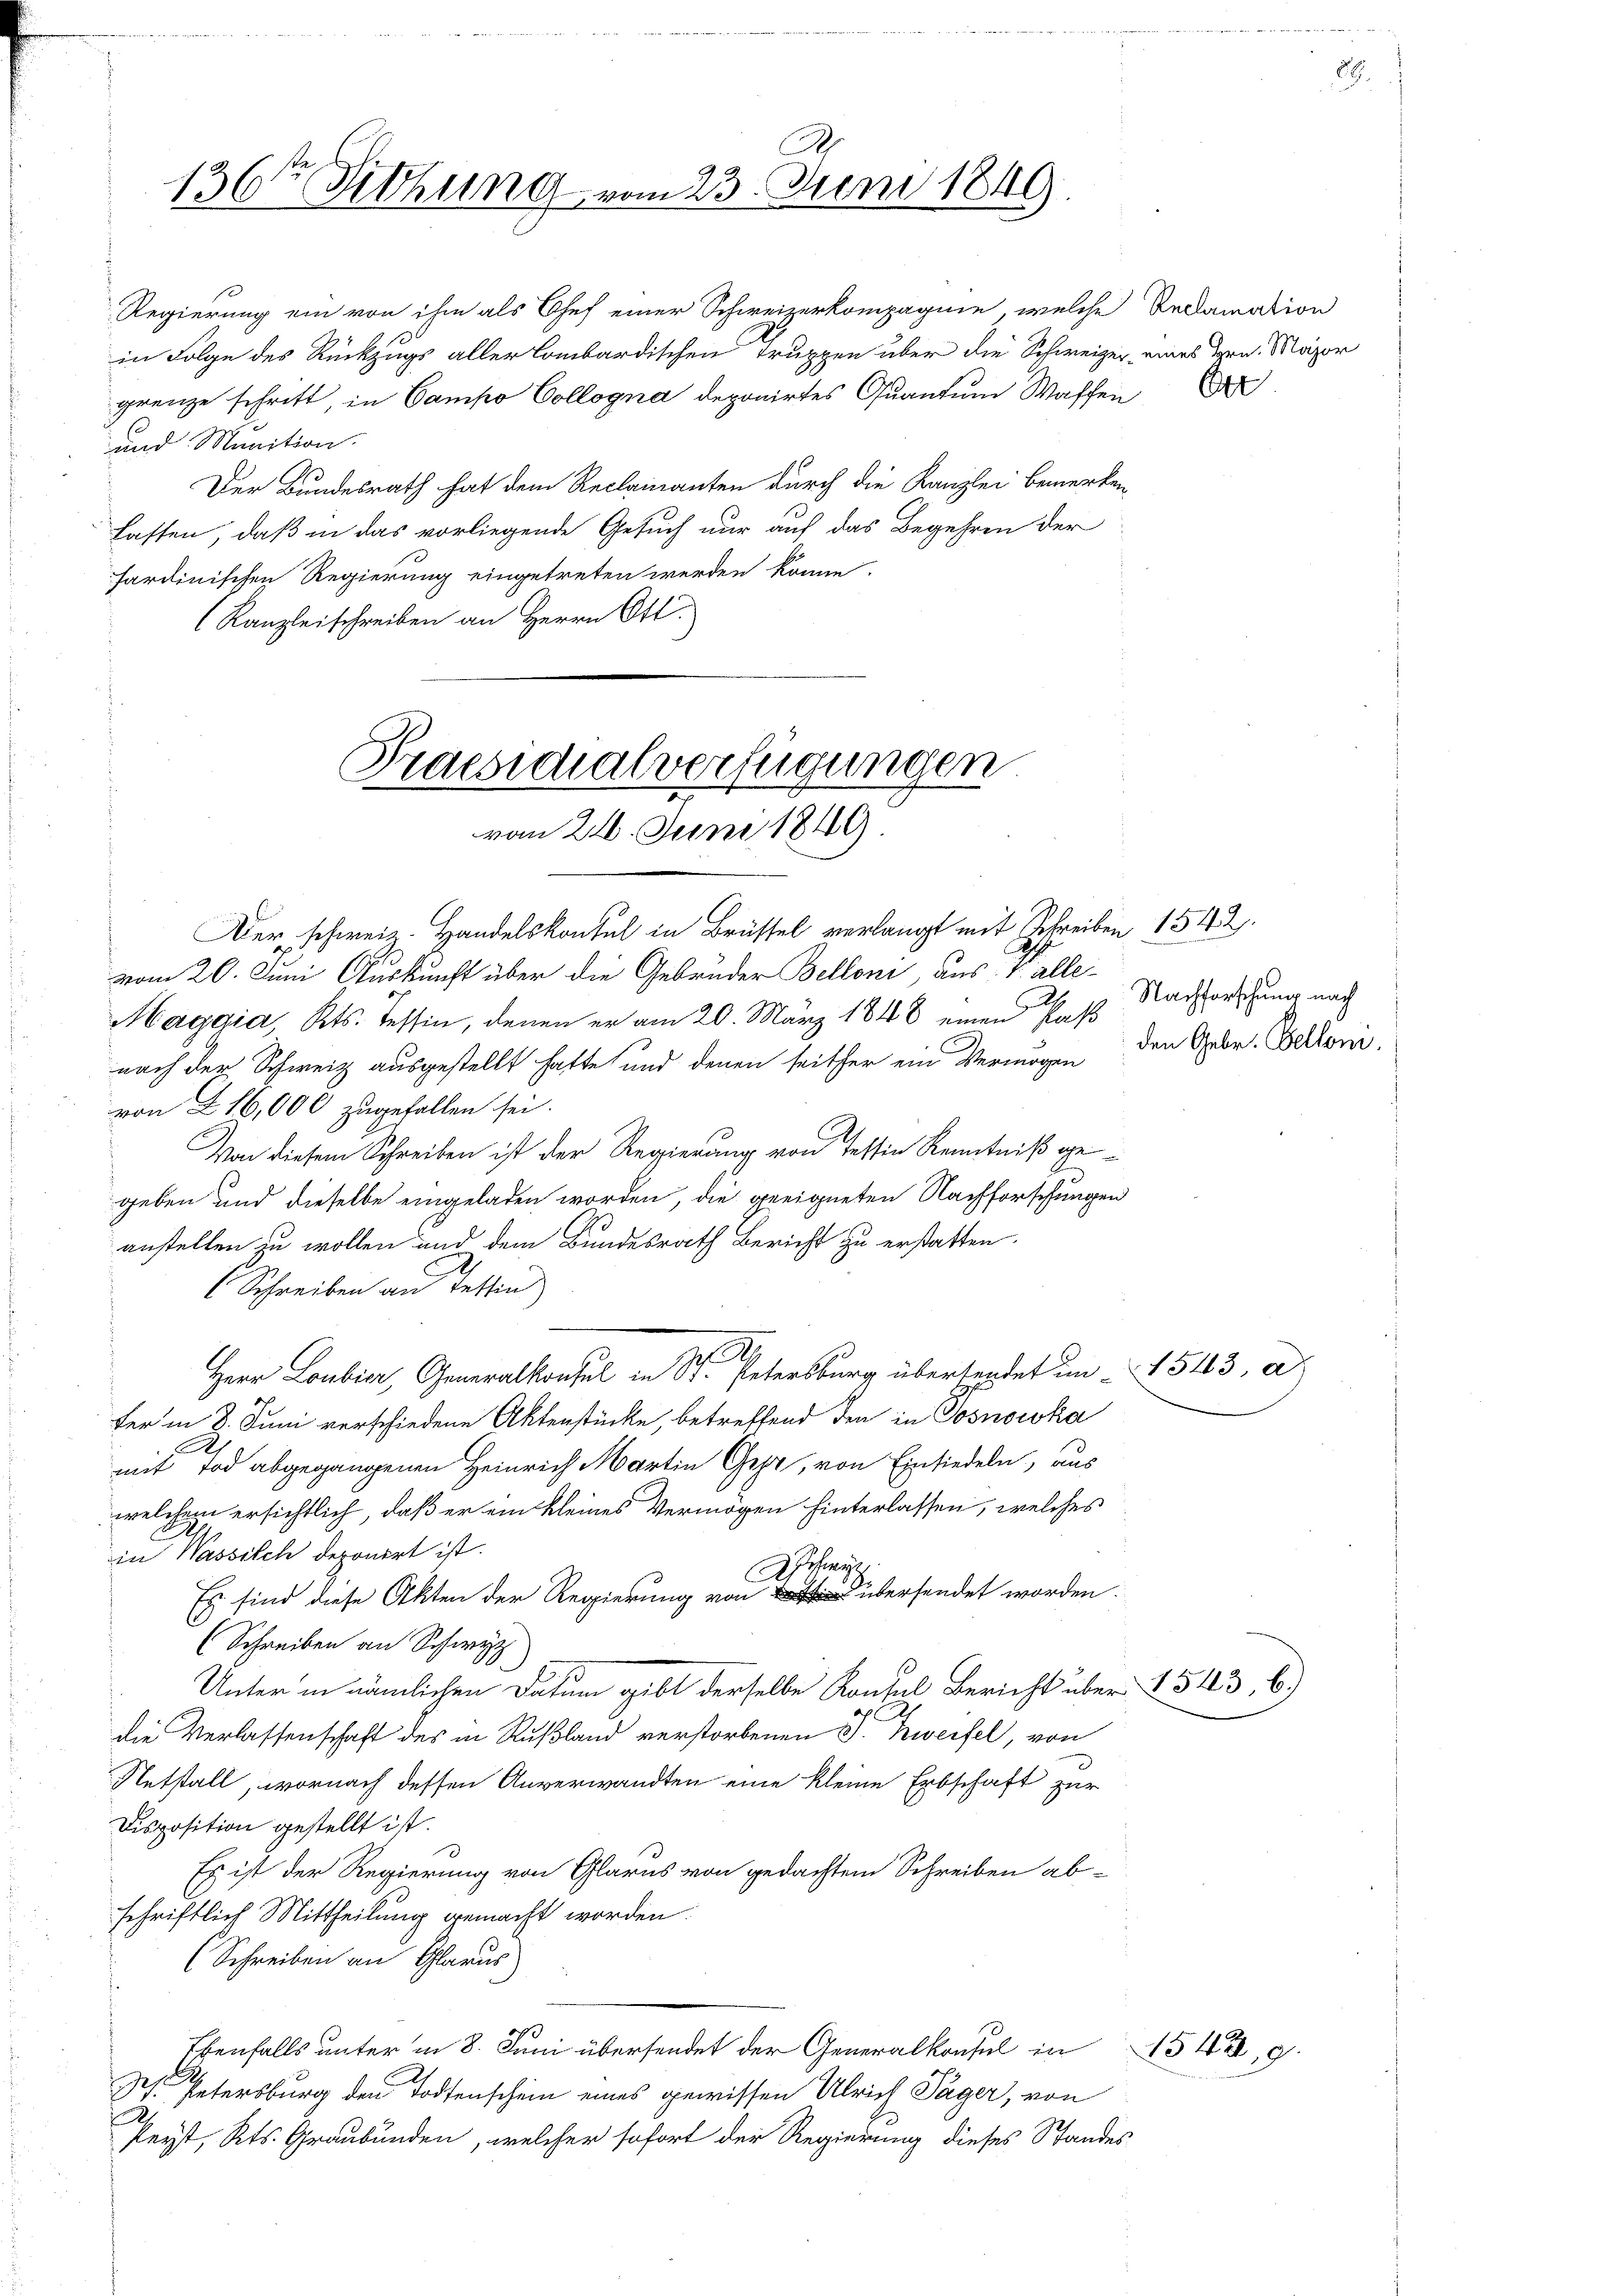
Regierung ein von ihm als Chef einer Schweizerkompagnie, welche Reclamation
in Folge des Rückzugs aller Lombardischen Truppen über die Schweizer, eines Hrn. Major
grenze schritt, in Campo Collogna deponirtes Quantum Waffen
und Munition.
Der Bundesrath hat dem Reclamanten durch die Kanzlei bemerken,
Lasten, daß in das vorliegende Gesuch nur auf das Begehren der
sardinischen Regierung eingetreten werden könne.
Kanzleischreiben an Herrn Ott

A.
136ten Sitzung vom 23. Juni 1849.

Praesidialverfügungen
vom 21. Juni 1849

Der schweiz. Handelskontel in Brüssel verlangt mit Schreiben 1542.
vom 20. Juni Auskunft über die Gebrüder Belloni, aus V. alle¬
Maggia, Kts. Tessin, denen er am 20. März 1848 einen Paß
nach der Schweiz ausgestellt hatte und denen seither ein Vermögen
von § 16,000 zugefallen sei.
Von diesem Schreiben ist der Regierung von Testin Kenntniß gegeben und dieselbe eingeladen worden, die geeigneten Nachforschungen
anstellen zu wollen und dem Bundesrath Bericht zu erstatten.
Schreiben an Tessin
Herr Loubin, Generalkonsul in St. Petersburg übersendet in 1513, a
fer in 8. Juni verschiedene Aktenstücke, betreffend den in Josnowka
A
mit Tod abgegangenen Heinrich Martin Gehe, von Einsiedeln, aus
welchem ersichtlich, daß er ein kleines Vermögen hinterlassen, welches
D
in Wassilch deponirt ist.
Achau
Es sind diese Akten der Regierung von übersendet worden.
(Schreiben an Schwyz
Unter in nämlichen Datum gibt derselbe Konsul Bericht über 1543. 66.)
die Verlassenschaft des in Rußland verstorbenen J. Zweifel, von
Netstall, wornach dessen Anverwandten eine kleine Erbschaft zur
Disposition gestellt ist.
Es ist der Regierung von Glarus von gedachtem Schreiben ab-
schriftlich Mittheilung gemacht worden.
(Schreiben an Glarus
Ebenfalls unter in 8. Juni übersendet der Generalkonsul in 1512,9
Jes. Petersburg den Todtenschein eines gewissen Ulrich Täger, von
9
Peyt, Kts. Graubünden, welcher sofort der Regierung dieses Standes

Nachforschung nach
2
den Gebr. Bellen.

Ort

8